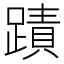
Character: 蹟